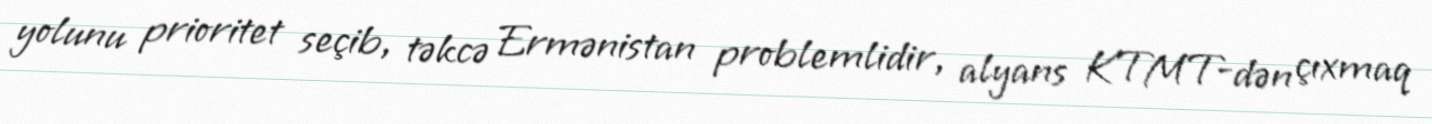
yolunu prioritet seçib, təkcə Ermənistan problemlidir, alyans KTMT-dən çıxmaq